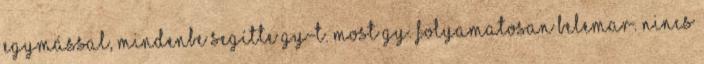
egymással, mindenbe segítte Gy-t. Most Gy. folyamatosan belemar. Nincs